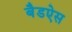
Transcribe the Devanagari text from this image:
बैडऐस